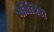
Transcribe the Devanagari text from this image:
वर्जिनिटी